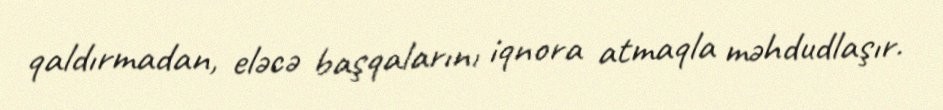
qaldırmadan, eləcə başqalarını iqnora atmaqla məhdudlaşır.